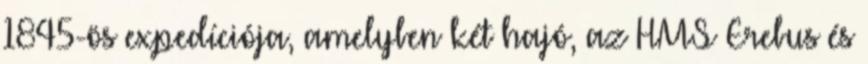
1845-ös expedíciója, amelyben két hajó, az HMS Erebus és